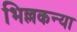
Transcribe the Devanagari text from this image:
भिल्लकन्या